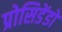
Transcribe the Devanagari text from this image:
प्रोसिडेंडो